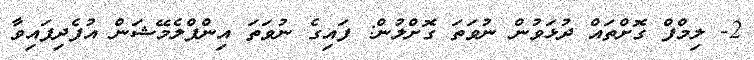
2- ލިމްފް ގޮށްތައް ދުޅަވުން ނުވަތަ ގޮށްލުން: ފައިގެ ނުވަތަ އިންފްލެމޭޝަން އުފެދިފައިވާ